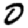
Digit: 0